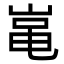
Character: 𡸾